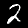
Digit: 2